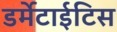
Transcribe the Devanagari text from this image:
डर्मेटाईटिस